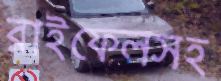
রাইফেলসহ